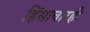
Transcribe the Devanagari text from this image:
हिंसाचारही